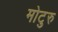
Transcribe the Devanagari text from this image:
मोटुरु